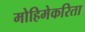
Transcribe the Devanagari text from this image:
मोहिमेकरिता